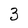
Character: 3